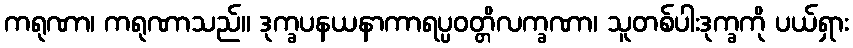
ကရုဏာ၊ ကရုဏာသည်။ ဒုက္ခပနယနာကာရပ္ပဝတ္တိလက္ခဏာ၊ သူတစ်ပါးဒုက္ခကို ပယ်ရှား